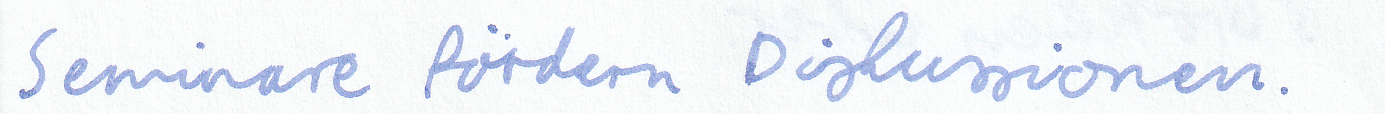
Seminare fördern Diskussionen.